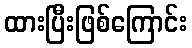
ထားပြီးဖြစ်ကြောင်း